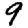
Digit: 9